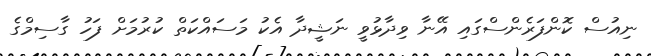
ނިއުސް ކޮންފަރެންސްގައި އޭނާ ވިދާޅުވީ ނަޝީދާ އެކު މަސައްކަތް ކުރުމަށް ފަހު ގާސިމްގެ